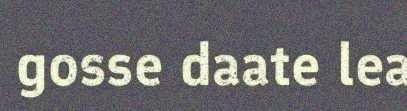
gosse daate lea